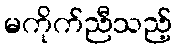
မကိုက်ညီသည့်